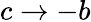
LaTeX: c\to-b